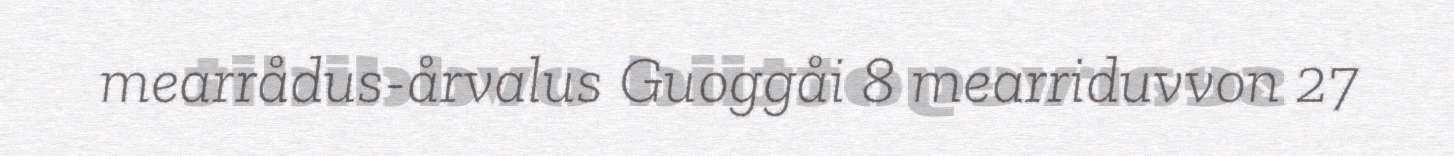
mearrådus-årvalus Guoggåi 8 mearriduvvon 27